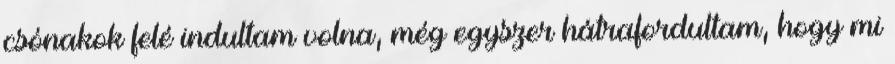
csónakok felé indultam volna, még egyszer hátrafordultam, hogy mi